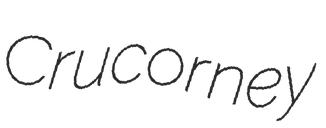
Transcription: Crucorney